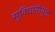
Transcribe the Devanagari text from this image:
सुविधांनीयुक्त